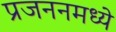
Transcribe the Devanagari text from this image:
प्रजननमध्ये